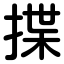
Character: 揲